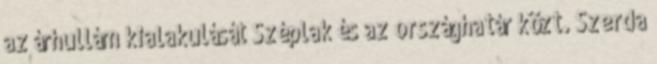
az árhullám kialakulását Széplak és az országhatár közt. Szerda